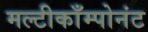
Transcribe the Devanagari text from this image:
मल्टीकाँम्पोनंट